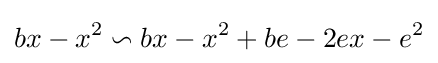
bx-x^{2}\backsim bx-x^{2}+be-2ex-e^{2}